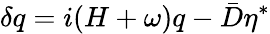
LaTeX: \delta q=i(H+\omega)q-\bar{D}\eta^{*}